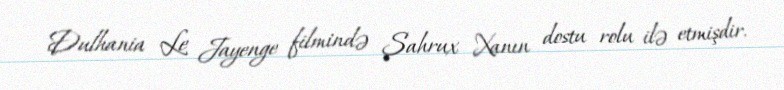
Dulhania Le Jayenge filmində Şahrux Xanın dostu rolu ilə etmişdir.